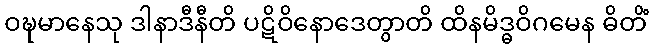
ဝဍ္ဎမာနေသု ဒါနာဒီနီတိ ပဋိဝိနောဒေတွာတိ ထိနမိဒ္ဓဝိဂမေန ဓိတိံ